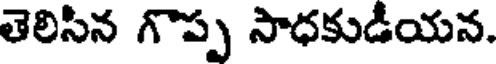
తెలిసిన గొప్ప సాధకుడీయన.